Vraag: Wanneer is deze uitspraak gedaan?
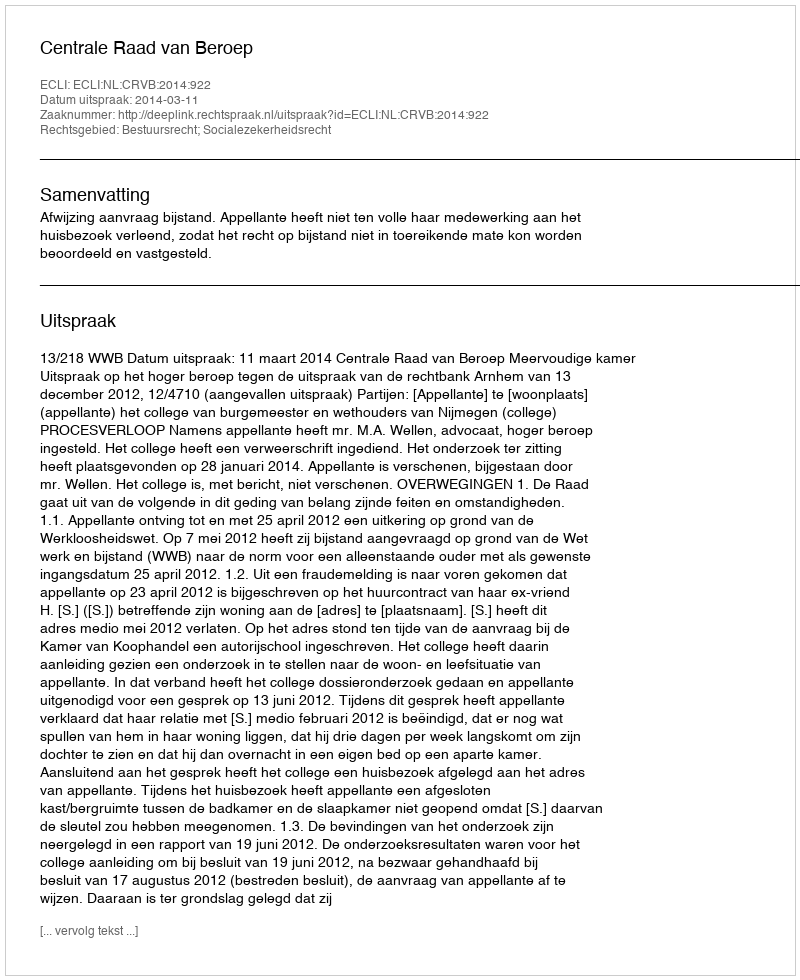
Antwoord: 2014-03-11